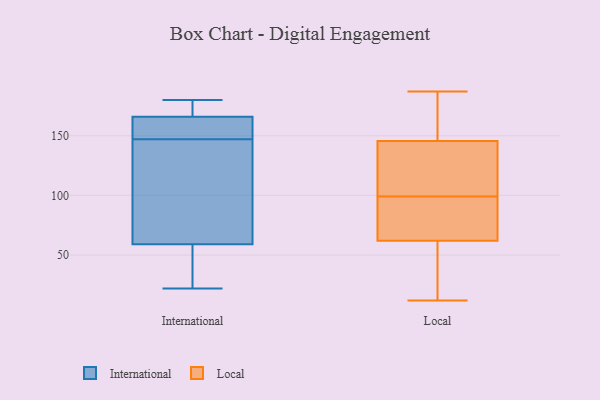
{"axis": {"x": "Conversion Rate (%)", "y": "Value"}, "legend": ["International", "Local"], "data": [{"x": "", "y": 159, "type": "International"}, {"x": "", "y": 22, "type": "International"}, {"x": "", "y": 66, "type": "International"}, {"x": "", "y": 166, "type": "International"}, {"x": "", "y": 140, "type": "International"}, {"x": "", "y": 32, "type": "International"}, {"x": "", "y": 103, "type": "International"}, {"x": "", "y": 174, "type": "International"}, {"x": "", "y": 167, "type": "International"}, {"x": "", "y": 161, "type": "International"}, {"x": "", "y": 154, "type": "International"}, {"x": "", "y": 59, "type": "International"}, {"x": "", "y": 180, "type": "International"}, {"x": "", "y": 27, "type": "International"}, {"x": "", "y": 164, "type": "Local"}, {"x": "", "y": 135, "type": "Local"}, {"x": "", "y": 59, "type": "Local"}, {"x": "", "y": 62, "type": "Local"}, {"x": "", "y": 149, "type": "Local"}, {"x": "", "y": 114, "type": "Local"}, {"x": "", "y": 187, "type": "Local"}, {"x": "", "y": 62, "type": "Local"}, {"x": "", "y": 115, "type": "Local"}, {"x": "", "y": 186, "type": "Local"}, {"x": "", "y": 123, "type": "Local"}, {"x": "", "y": 67, "type": "Local"}, {"x": "", "y": 12, "type": "Local"}, {"x": "", "y": 27, "type": "Local"}, {"x": "", "y": 74, "type": "Local"}, {"x": "", "y": 99, "type": "Local"}, {"x": "", "y": 159, "type": "Local"}, {"x": "", "y": 35, "type": "Local"}, {"x": "", "y": 88, "type": "Local"}]}